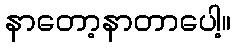
နာတော့နာတာပေါ့။